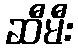
ဆီမီး